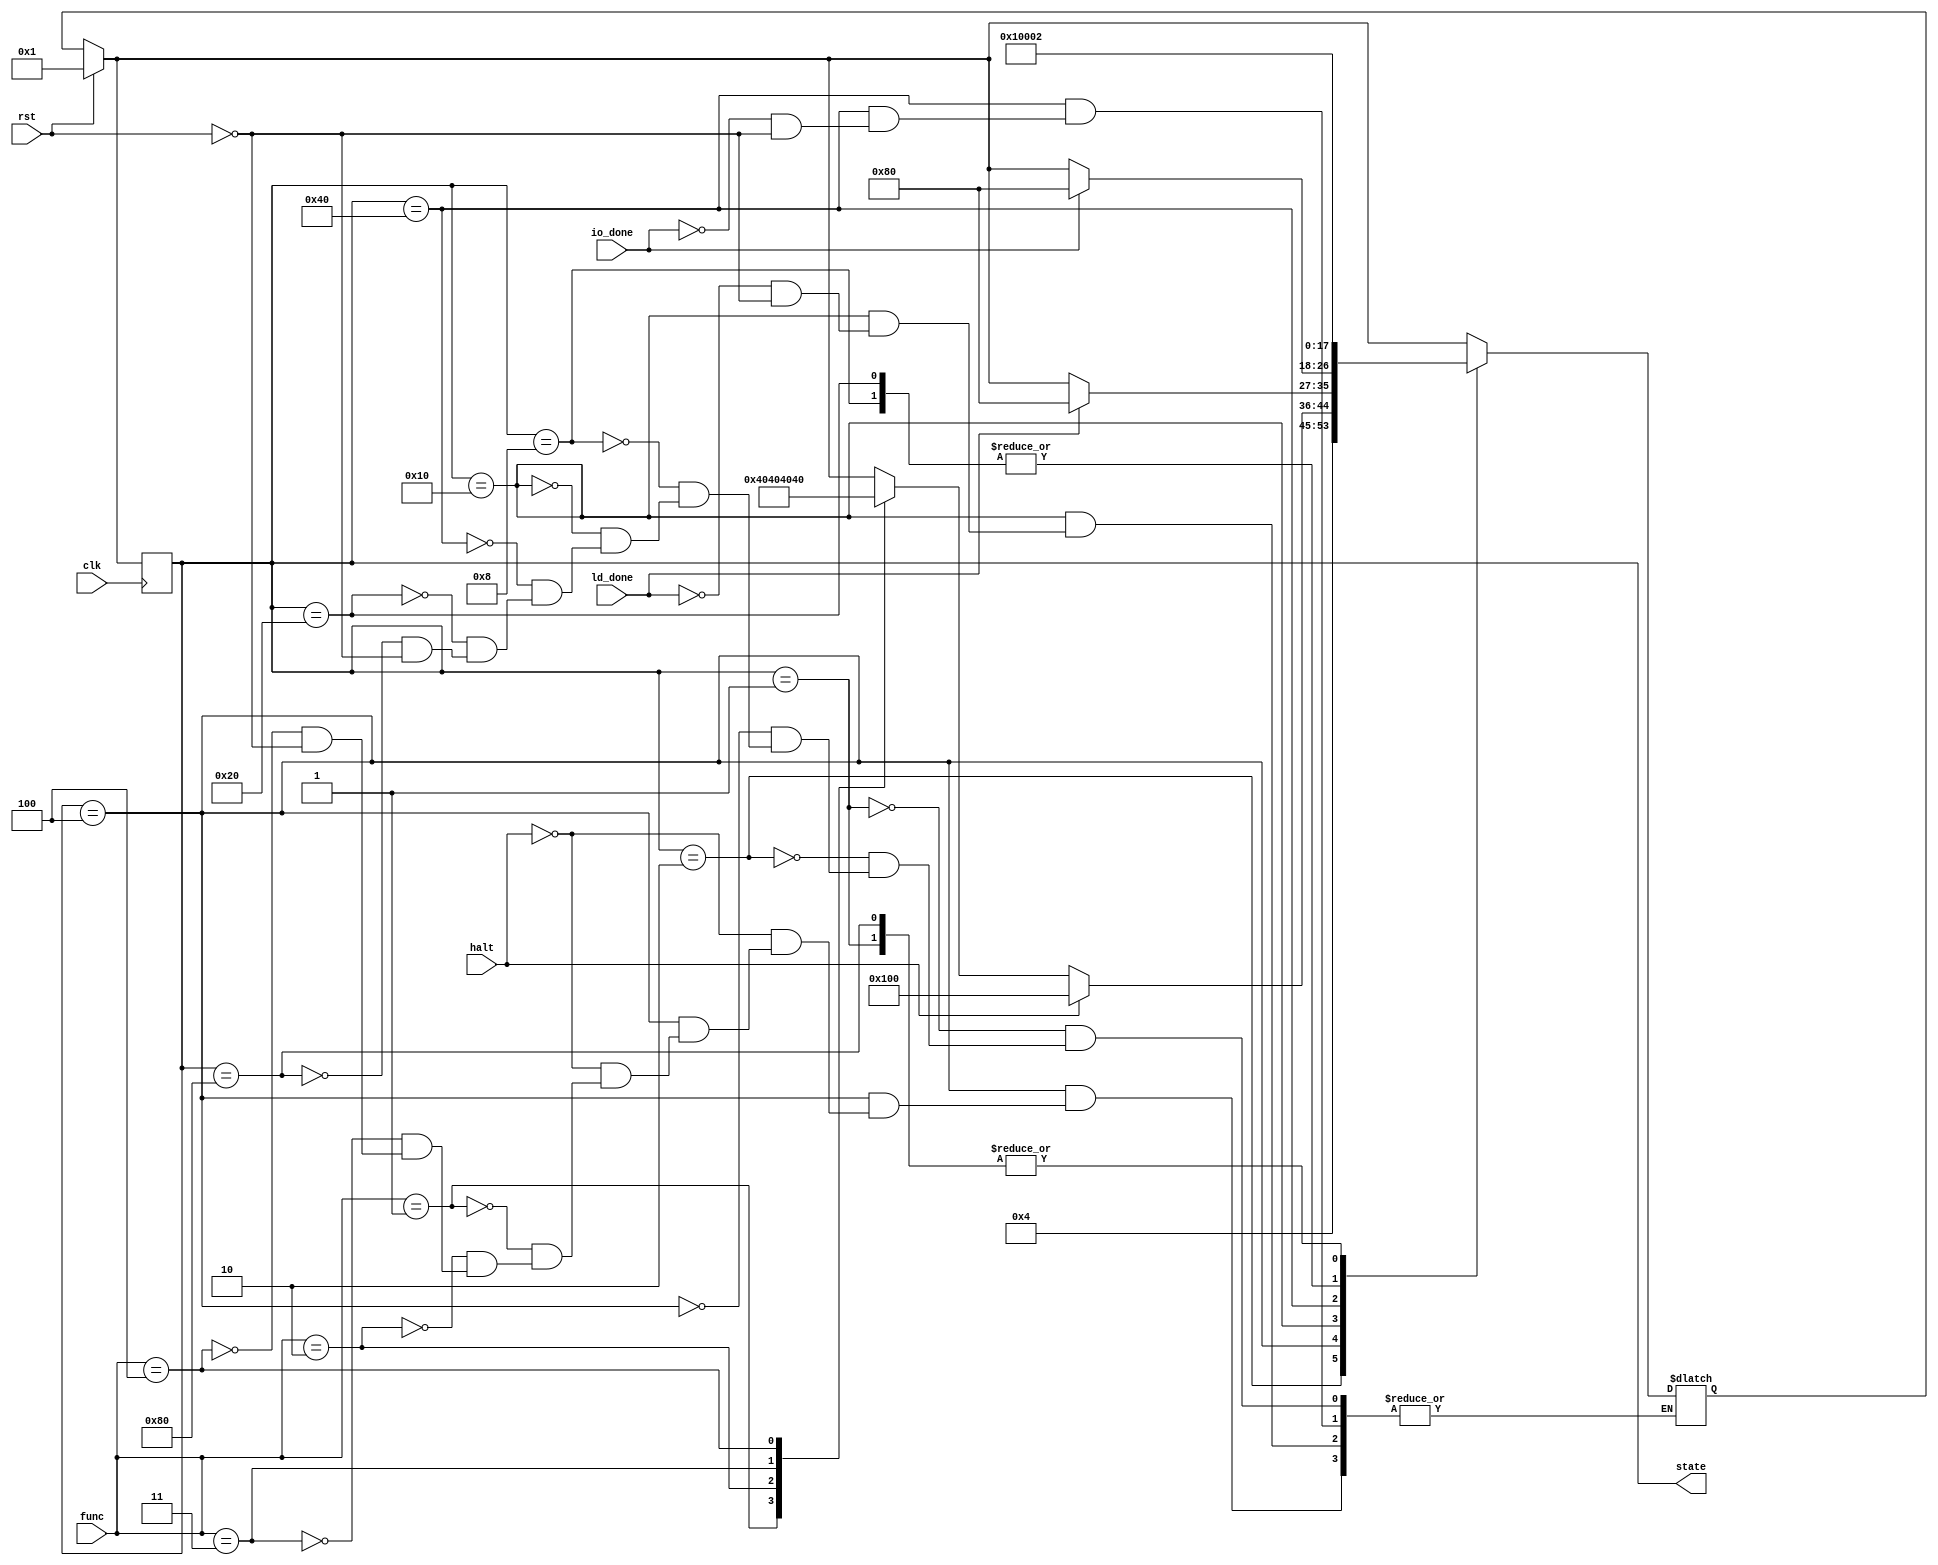
module moore_fsm (
    // "outside world" control signals
    input rst,	// reset
    input clk,  // clock
//    input en,   // enable

    // control unit control signals
    input ld_done,
    input io_done,
    input [2:0]func,
    input halt,

    output [8:0] state
    );

    localparam STATE_Initial = 9'b000000001;  // 0
    localparam STATE_Fetch =   9'b000000010;  // 1
    localparam STATE_Decode =  9'b000000100;  // 2
    localparam STATE_Alu =     9'b000001000;  // 3
    localparam STATE_DataMov = 9'b000010000;  // 4
    localparam STATE_Branch =  9'b000100000;  // 5
    localparam STATE_Io =      9'b001000000;  // 6
    localparam STATE_IncPC =   9'b010000000;  // 7
    localparam STATE_Halt =    9'b100000000;  // 8

    localparam FUNC_BLOCK_SPEC   = 3'b000;
    localparam FUNC_BLOCK_ALU = 3'b001;
    localparam FUNC_BLOCK_DATA = 3'b010;
    localparam FUNC_BLOCK_BRANCH = 3'b011;
    localparam FUNC_BLOCK_IO = 3'b100;

    reg [8:0] current_state;
    reg [8:0] next_state;

    assign state = current_state;

    always @ ( posedge clk )
    begin
	if (rst) current_state <= STATE_Initial;
	else  current_state <= next_state;
    end

    always @ ( * )
    begin
	if (rst) next_state = STATE_Initial;
	case (current_state)
	    STATE_Initial: next_state = STATE_Fetch;

	    STATE_Fetch: next_state = STATE_Decode;

	    STATE_Decode: begin
		if (halt) next_state = STATE_Halt;
		else case (func)
		         FUNC_BLOCK_ALU: next_state = STATE_Alu;
		         FUNC_BLOCK_DATA: next_state = STATE_DataMov;
			 FUNC_BLOCK_BRANCH: next_state = STATE_Branch;
			 FUNC_BLOCK_IO: next_state = STATE_Io;
	             endcase
	    end

	    STATE_Alu: next_state = STATE_IncPC;
	    STATE_DataMov: if(ld_done) next_state = STATE_IncPC;
	    STATE_Io: if(io_done) next_state = STATE_IncPC;
	    STATE_Branch: next_state = STATE_IncPC;
	    STATE_IncPC: next_state = STATE_Fetch;
	endcase
    end
endmodule